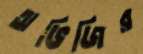
অভিজির